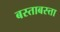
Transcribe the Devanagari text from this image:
बस्ताबस्त्ता